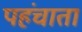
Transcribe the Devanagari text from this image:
पहंचाता